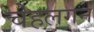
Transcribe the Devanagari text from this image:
चेहलगन